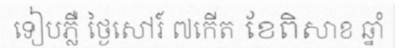
ទៀបភ្លឺ ថ្ងៃសៅរ៍ ៧កើត ខែពិសាខ ឆ្នាំ